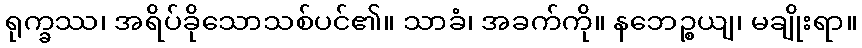
ရုက္ခဿ၊ အရိပ်ခိုသောသစ်ပင်၏။ သာခံ၊ အခက်ကို။ နဘေဉ္စယျ၊ မချိုးရာ။